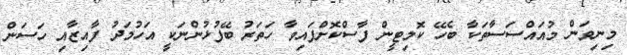
މިނިވަން މުއައްސަސާތަކާ ބެހޭ ކޮމިޓީން ފާސްކޮށްފައިވާ ހަތަރު ބޭފުޅުންނަކީ އަހުމަދު ފާއިޒާއި ހަސަން